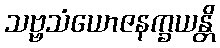
သဗ္ဗသံယောဇနက္ခယန္တိ